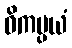
ဝိကပ္ပယံ